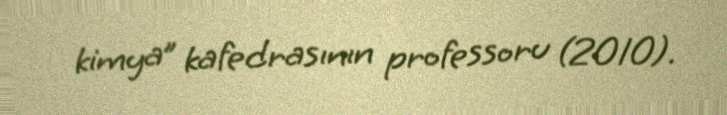
kimya” kafedrasının professoru (2010).